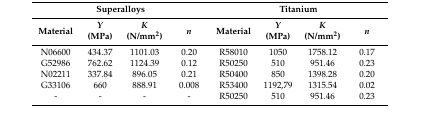
| <COLSPAN=4> Superalloys | <COLSPAN=4> Titanium |
 | Material | Y(MPa) | K(N/mm2) | n | Material | Y(MPa) | K(N/mm2) | n |
 | --- | --- | --- | --- | --- | --- | --- | --- |
 | N06600 | 434.37 | 1101.03 | 0.20 | R58010 | 1050 | 1758.12 | 0.17 |
 | G52986 | 762.62 | 1124.39 | 0.12 | R50250 | 510 | 951.46 | 0.23 |
 | N02211 | 337.84 | 896.05 | 0.21 | R50400 | 850 | 1398.28 | 0.20 |
 | G33106 | 660 | 888.91 | 0.008 | R53400 | 1192,79 | 1315.54 | 0.02 |
 | - | - | - | - | R50250 | 510 | 951.46 | 0.23 |